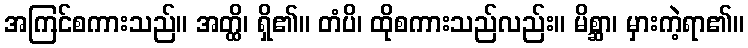
အကြင်စကားသည်။ အတ္ထိ၊ ရှိ၏။ တံပိ၊ ထိုစကားသည်လည်း။ မိစ္ဆာ၊ မှားကဲ့ရာ၏။